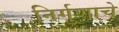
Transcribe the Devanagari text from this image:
निर्गुणाचे